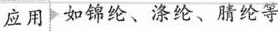
应用 如锦纶、涤纶、睛纶等